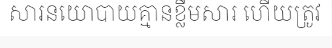
សារនយោបាយគ្មានខ្លឹមសារ ហើយត្រូវ